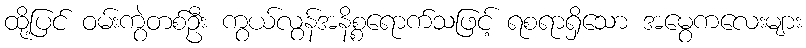
ထို့ပြင် ဝမ်းကွဲတစ်ဦး ကွယ်လွန်အနိစ္စရောက်သဖြင့် ရစရာရှိသော အမွေကလေးများ